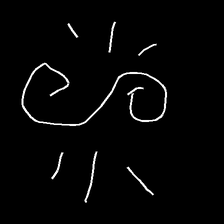
Glyph: wind-directs-air